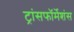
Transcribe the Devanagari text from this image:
ट्रांसफॉर्मेशंस